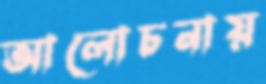
আলোচনায়